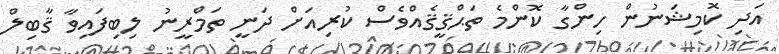
އަދި ކޮމިޝަނުން ހިންގާ ކޮންމެ ތަޙްޤީޤެއްވެސް ކުރިއަށް ދަނީ ތަމްރީނު ލިބިފައިވާ ޤާބިލް